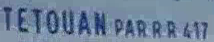
TETOUAN-PARRR41